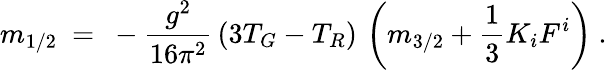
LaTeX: m_{1/2}\ =\ -{\frac{g^{2}}{16\pi^{2}}}\, (3T_{G}-T_{R})\, \left(m_{3/2}+{\frac{1}{3}}K_{i}F^{i}\right)~.